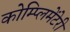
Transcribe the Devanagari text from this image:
कोम्प्लिमेंटेरी